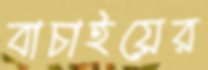
বাচাইয়ের